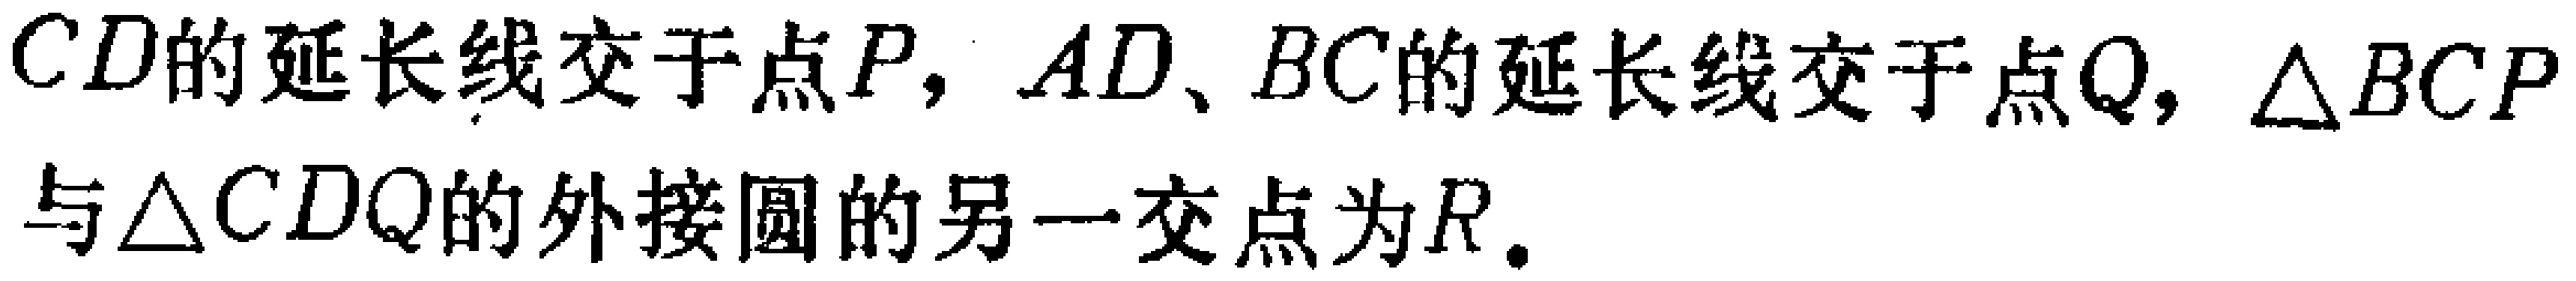
$CD的延长线交于点P，AD、BC的延长线交于点Q，\triangle BCP与\triangle CDQ的外接圆的另一交点为R.$